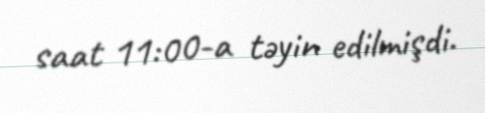
saat 11:00-a təyin edilmişdi.